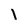
Character: I